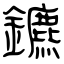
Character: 鑣